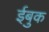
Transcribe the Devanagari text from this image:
ईबुक